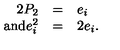
\begin{array} { r l l } { 2 P _ { 2 } } & { = } & { e _ { i } } \\ { \mathrm { a n d } e _ { i } ^ { 2 } } & { = } & { 2 e _ { i } . } \\ \end{array}